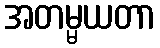
အတမ္မယတာ